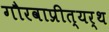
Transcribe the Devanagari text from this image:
गौरवाप्रीत्यर्थ